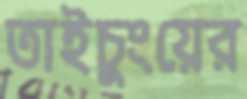
তাইচুংয়ের